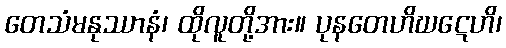
တေသံမနုဿာနံ၊ ထိုလူတို့အား။ ပုနတေဟိဃဋေဟိ၊